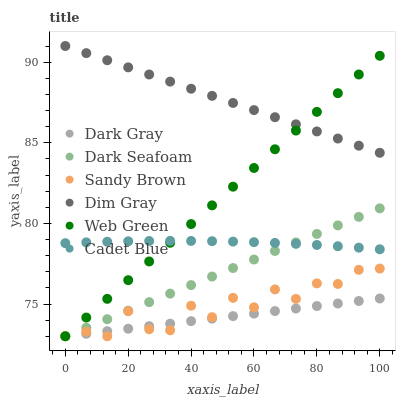
| xaxis_label | Dark Gray | Dark Seafoam | Sandy Brown | Dim Gray | Web Green | Cadet Blue |
 | --- | --- | --- | --- | --- | --- | --- |
 | 0 | 73 | 73 | 73 | 91 | 73 | 78.8 |
 | 6.67 | 73.2 | 73.5 | 73.3 | 90.6 | 74.2 | 78.8 |
 | 13.3 | 73.3 | 74.1 | 73 | 90.1 | 75.3 | 78.9 |
 | 20 | 73.5 | 74.6 | 74.6 | 89.7 | 76.5 | 78.9 |
 | 26.7 | 73.6 | 75.1 | 73.4 | 89.2 | 77.6 | 78.9 |
 | 33.3 | 73.8 | 75.6 | 73.4 | 88.8 | 78.8 | 78.9 |
 | 40 | 73.9 | 76.2 | 74.9 | 88.4 | 80 | 78.9 |
 | 46.7 | 74.1 | 76.7 | 74.2 | 87.9 | 81.1 | 78.9 |
 | 53.3 | 74.2 | 77.2 | 75.4 | 87.5 | 82.3 | 78.9 |
 | 60 | 74.4 | 77.8 | 74.8 | 87 | 83.4 | 78.8 |
 | 66.7 | 74.6 | 78.3 | 75.9 | 86.6 | 84.6 | 78.8 |
 | 73.3 | 74.7 | 78.8 | 75.3 | 86.1 | 85.8 | 78.7 |
 | 80 | 74.9 | 79.3 | 76.3 | 85.7 | 86.9 | 78.7 |
 | 86.7 | 75 | 79.9 | 76.2 | 85.3 | 88.1 | 78.6 |
 | 93.3 | 75.2 | 80.4 | 77.1 | 84.8 | 89.2 | 78.5 |
 | 100 | 75.3 | 80.9 | 77.2 | 84.4 | 90.4 | 78.4 |